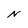
Character: N